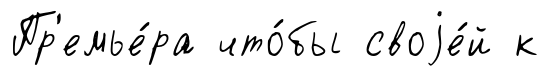
Пр'емье́ра что́бы своjе́й к